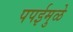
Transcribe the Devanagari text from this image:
पपईमुळे